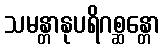
သမန္တာနုပရိဂစ္ဆန္တော